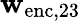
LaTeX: \mathbf{w}_{\mathrm{{enc}},23}